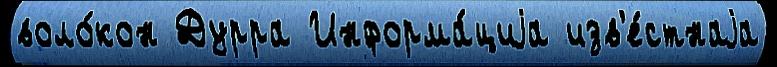
воло́кон Дурра Информа́циjа изв'е́стнаjа